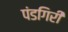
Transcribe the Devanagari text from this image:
पंडगिरी